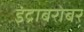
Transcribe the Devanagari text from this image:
इंद्राबरोबर